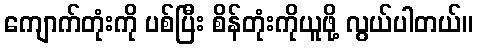
ကျောက်တုံးကို ပစ်ပြီး စိန်တုံးကိုယူဖို့ လွယ်ပါတယ်။